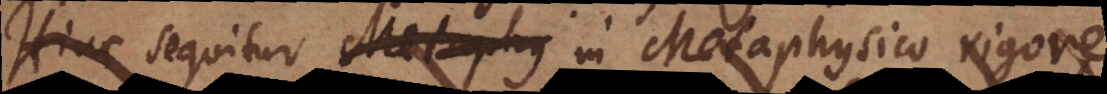
sequitur etiam in Metaphysico rigore,